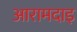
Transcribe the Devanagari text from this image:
आरामदाइ